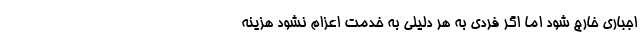
اجباری خارج شود اما اگر فردی به هر دلیلی به خدمت اعزام نشود هزینه